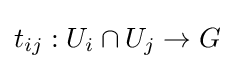
t_{ij}:U_{i}\cap U_{j}\to G